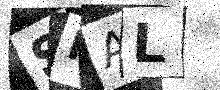
Text: SIAL